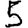
Digit: 5